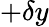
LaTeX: +\delta y